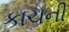
કાચની